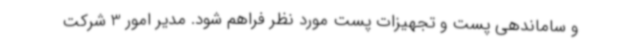
و ساماندهی پست و تجهیزات پست مورد نظر فراهم شود. مدیر امور 3 شرکت